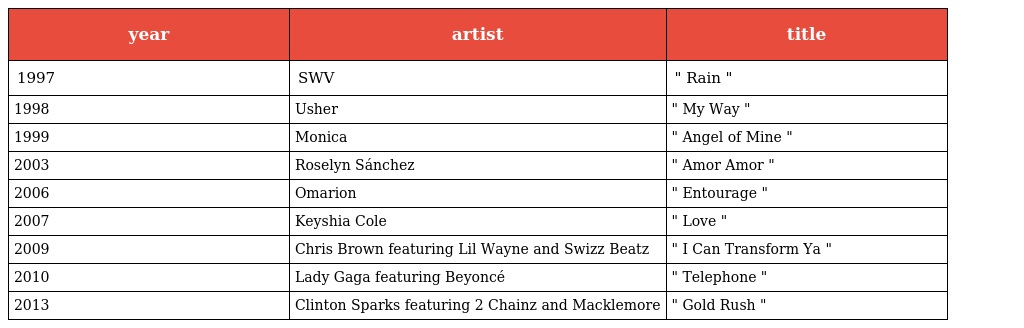
| year | artist | title |
 | --- | --- | --- |
 | 1997 | SWV | " Rain " |
 | 1998 | Usher | " My Way " |
 | 1999 | Monica | " Angel of Mine " |
 | 2003 | Roselyn Sánchez | " Amor Amor " |
 | 2006 | Omarion | " Entourage " |
 | 2007 | Keyshia Cole | " Love " |
 | 2009 | Chris Brown featuring Lil Wayne and Swizz Beatz | " I Can Transform Ya " |
 | 2010 | Lady Gaga featuring Beyoncé | " Telephone " |
 | 2013 | Clinton Sparks featuring 2 Chainz and Macklemore | " Gold Rush " |